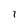
Character: 1